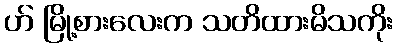
ဟ် မြို့စားလေးက သတိထားမိသကိုး